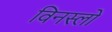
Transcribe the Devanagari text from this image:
विनस्‍लो